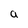
Character: a